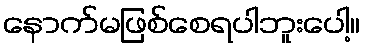
နောက်မဖြစ်စေရပါဘူးပေါ့။